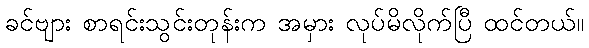
ခင်ဗျား စာရင်းသွင်းတုန်းက အမှား လုပ်မိလိုက်ပြီ ထင်တယ်။